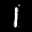
Label: 1